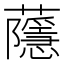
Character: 蘟